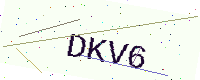
Text: DKV6